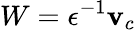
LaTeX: W=\epsilon^{-1}\mathbf{v}_{c}